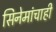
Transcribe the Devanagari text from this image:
सिनेमांचाही